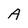
Character: A